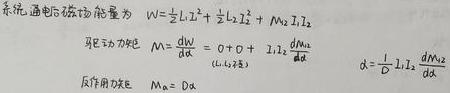
系统, 通电互感场能量为 \( W=\frac{1}{2}L_1I_1^2+\frac{1}{2}L_2I_2^2 + M_{21}I_1I_2 \)

磁场力 \( M_{\alpha}=\frac{dW}{d\alpha}=0 + 0+I_1I_2\frac{dM_{21}}{d\alpha} \) (\( L_1,L_2 \) 恒定)

反作用力 \( M_{\alpha}= 0 \) \( \alpha=\frac{1}{D}I_1I_2\frac{dM_{21}}{d\alpha} \)